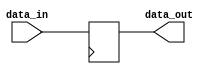
module IO_Buffer (
    input wire data_in,
    output reg data_out
);

always @(posedge clock) begin
    data_out <= data_in;
end

endmodule